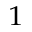
^ 1